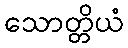
သောတ္တိယံ